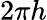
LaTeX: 2\pi h